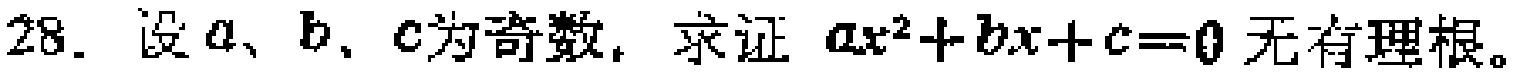
28. 设\(a\)、\(b\)、\(c\)为奇数，求证 \(ax^{2}+bx + c = 0\)无有理根。